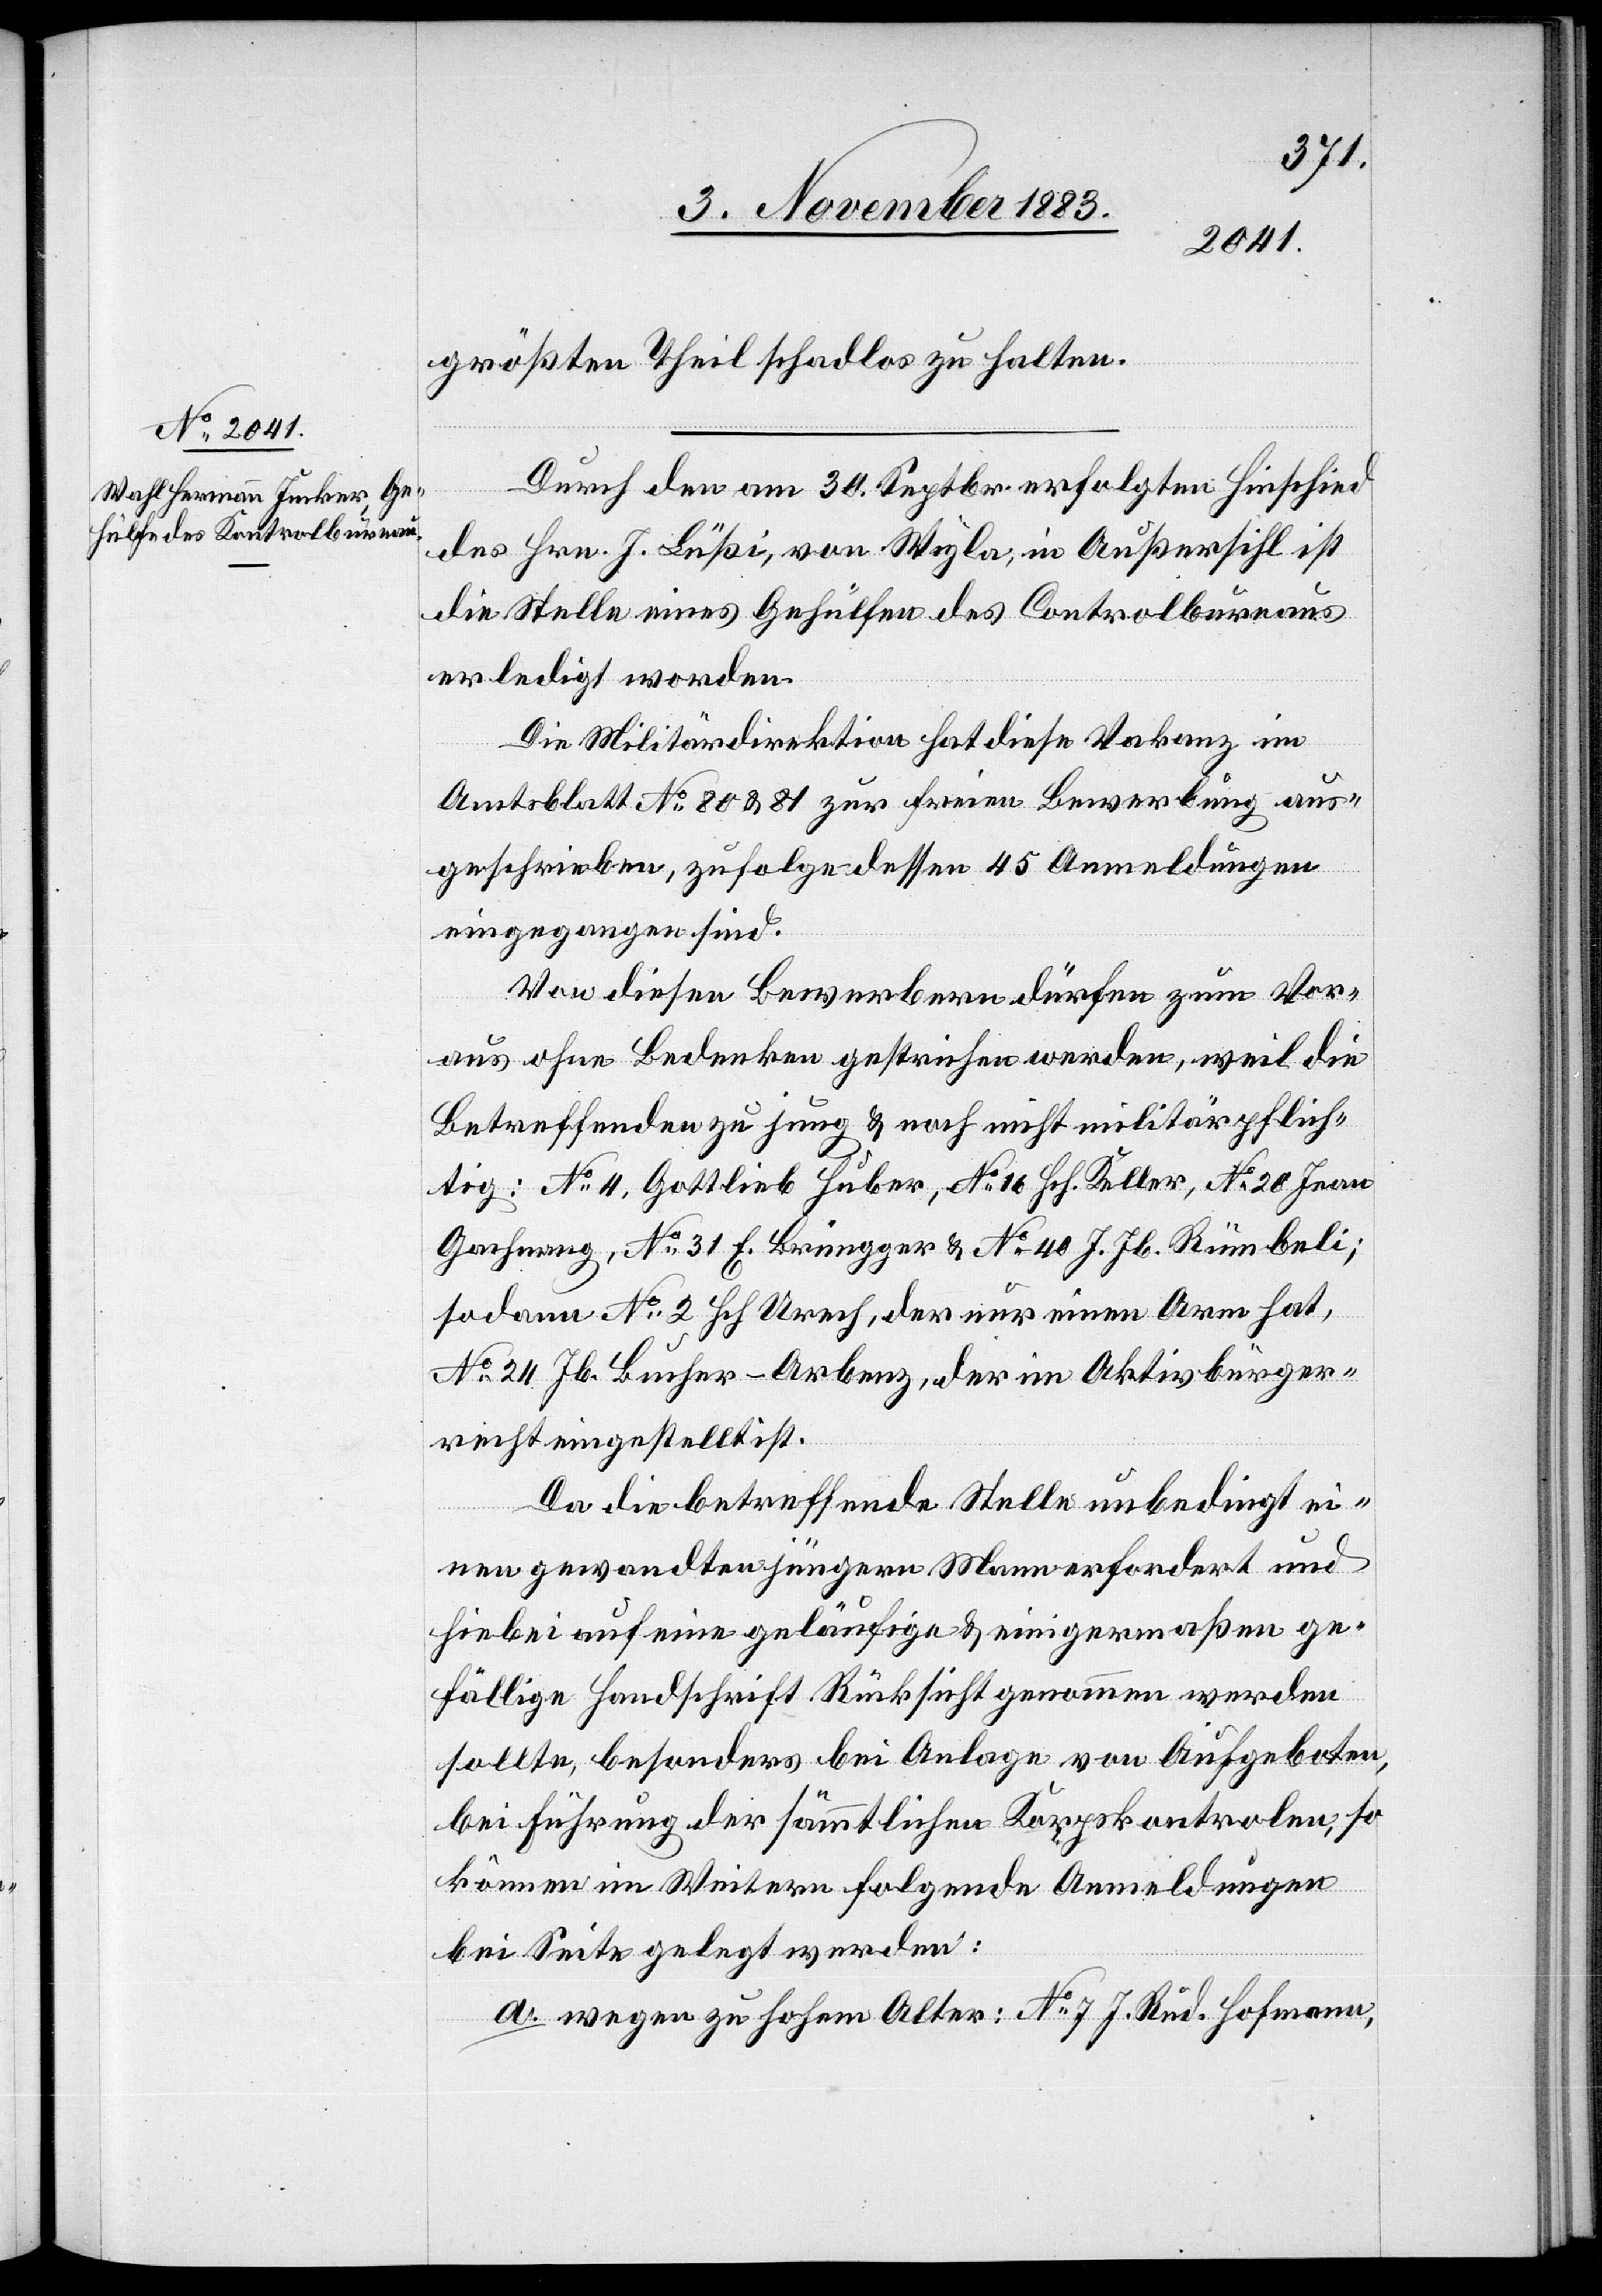
größten Theil schadlos zu halten.
Durch den am 30. Septbr. erfolgten Hinschied
des Hrn. J. Büßi, von Wyla, in Außersihl ist
die Stelle eines Gehülfen des Controlbureaus
erledigt worden.
sodann
Die Militärdirektion hat diese Vakanz im
Amtsblatt No 80 & 81 zur freien Bewerbung aus¬
geschrieben, zufolge dessen 45 Anmeldungen
eingegangen sind.
Von diesen Bewerbungen dürfen zum Vor¬
aus ohne Bedenken gestrichen werden, weil die
Betreffenden zu jung & noch nicht militärpflich¬
tig: No 4 Gottlieb Huber, No 16 Hch. Keller, No 20 Jean
Gachming, No 31 F. Brüngger & No 40 J. Jb. Rümbeli;
No 24 Jb. Hauser-Arbenz, der im Aktivbürger¬
recht eingestellt ist.
Da die betreffende Stelle unbedingt ei¬
nen gewandten jüngern Mann erfordert und
hiebei auf eine geläufige & einigermaßen ge¬
fällige Handschrift Rücksicht genommen werden
sollte, besonders bei Anlage von Aufgeboten,
bei Führung der sämmtlichen Korpskontrolen, so
können im Weitern folgende Anmeldungen
bei Seite gelegt werden:
a. wegen zu hohem Alter: No 7 J. Rud. Hofmann,